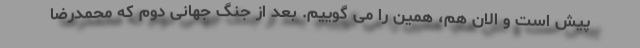
پیش است و الان هم، همین را می گوییم. بعد از جنگ جهانی دوم که محمدرضا